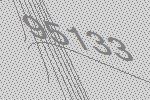
95133